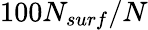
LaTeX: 100N_{surf}/N